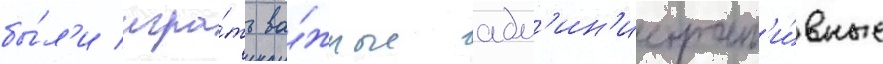
бы́л'и игра́ть ва́жные адм'ин'истрат'и́вные